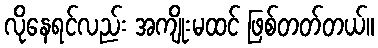
လိုနေရင်လည်း အကျိုးမထင် ဖြစ်တတ်တယ်။